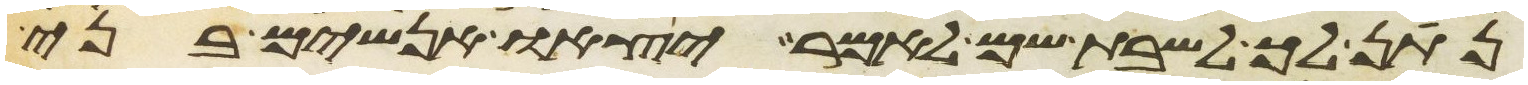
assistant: בלעיל מקרבך וידיחו את ישבי עירם